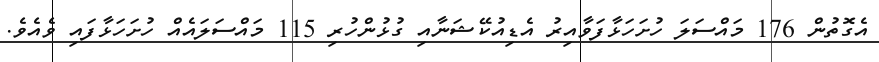
އެގޮތުން 176 މައްސަލަ ހުށަހަޅާފަވާއިރު އެޑިއުކޭޝަނާއި ގުޅުންހުރި 115 މައްސަލައެއް ހުށަހަޅާފައި ވެއެވެ.